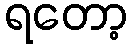
ရတော့